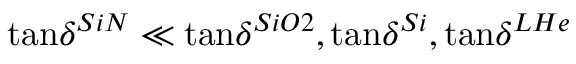
\tan \! \delta ^ { S i N } \ll \tan \! \delta ^ { S i O 2 } , \tan \! \delta ^ { S i } , \tan \! \delta ^ { L H e }